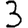
Digit: 3